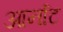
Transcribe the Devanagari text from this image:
आर्नाट